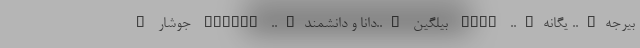
بیرجه….. یگانه….. BIRC بیلگین …..دانا و دانشمند….. BILGIN جوشار …